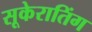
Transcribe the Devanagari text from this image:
सूकेरातिंग